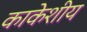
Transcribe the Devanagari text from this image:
काकेशीय